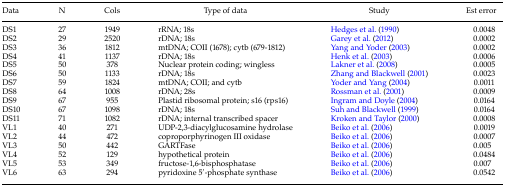
| Data | N | Cols | Type of data | Study | Est error |
 | --- | --- | --- | --- | --- | --- |
 | DS1 | 27 | 1949 | rRNA; 18s | Hedges et al. (1990) | 0.0048 |
 | DS2 | 29 | 2520 | rDNA; 18s | Garey et al. (2012) | 0.0002 |
 | DS3 | 36 | 1812 | mtDNA; COII (1678); cytb (679-1812) | Yang and Yoder (2003) | 0.0002 |
 | DS4 | 41 | 1137 | rDNA; 18s | Henk et al. (2003) | 0.0006 |
 | DS5 | 50 | 378 | Nuclear protein coding; wingless | Lakner et al. (2008) | 0.0005 |
 | DS6 | 50 | 1133 | rDNA; 18s | Zhang and Blackwell (2001) | 0.0023 |
 | DS7 | 59 | 1824 | mtDNA; COII; and cytb | Yoder and Yang (2004) | 0.0011 |
 | DS8 | 64 | 1008 | rDNA; 28s | Rossman et al. (2001) | 0.0009 |
 | DS9 | 67 | 955 | Plastid ribosomal protein; s16 (rps16) | Ingram and Doyle (2004) | 0.0164 |
 | DS10 | 67 | 1098 | rDNA; 18s | Suh and Blackwell (1999) | 0.0164 |
 | DS11 | 71 | 1082 | rDNA; internal transcribed spacer | Kroken and Taylor (2000) | 0.0008 |
 | VL1 | 40 | 271 | UDP-2,3-diacylglucosamine hydrolase | Beiko et al. (2006) | 0.0019 |
 | VL2 | 44 | 472 | coproporphyrinogen III oxidase | Beiko et al. (2006) | 0.0007 |
 | VL3 | 50 | 442 | GARTFase | Beiko et al. (2006) | 0.005 |
 | VL4 | 52 | 129 | hypothetical protein | Beiko et al. (2006) | 0.0484 |
 | VL5 | 53 | 349 | fructose-1,6-bisphosphatase | Beiko et al. (2006) | 0.007 |
 | VL6 | 63 | 294 | pyridoxine 5′-phosphate synthase | Beiko et al. (2006) | 0.0542 |